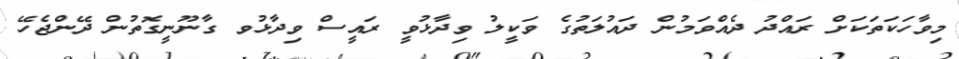
މިވާހަކަތަކަށް ރައްދު ދެއްވަމުން ދައުލަތުގެ ވަކީލު ވިދާޅުވީ ރައީސް ވިދާޅުވ ގާނޫނީގޮތުން ދޭންޖެހޭ